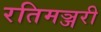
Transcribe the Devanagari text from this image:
रतिमञ्जरी